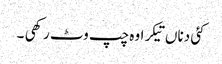
کئی دناں تیکر اوہ چپ وٹ رکھی ۔